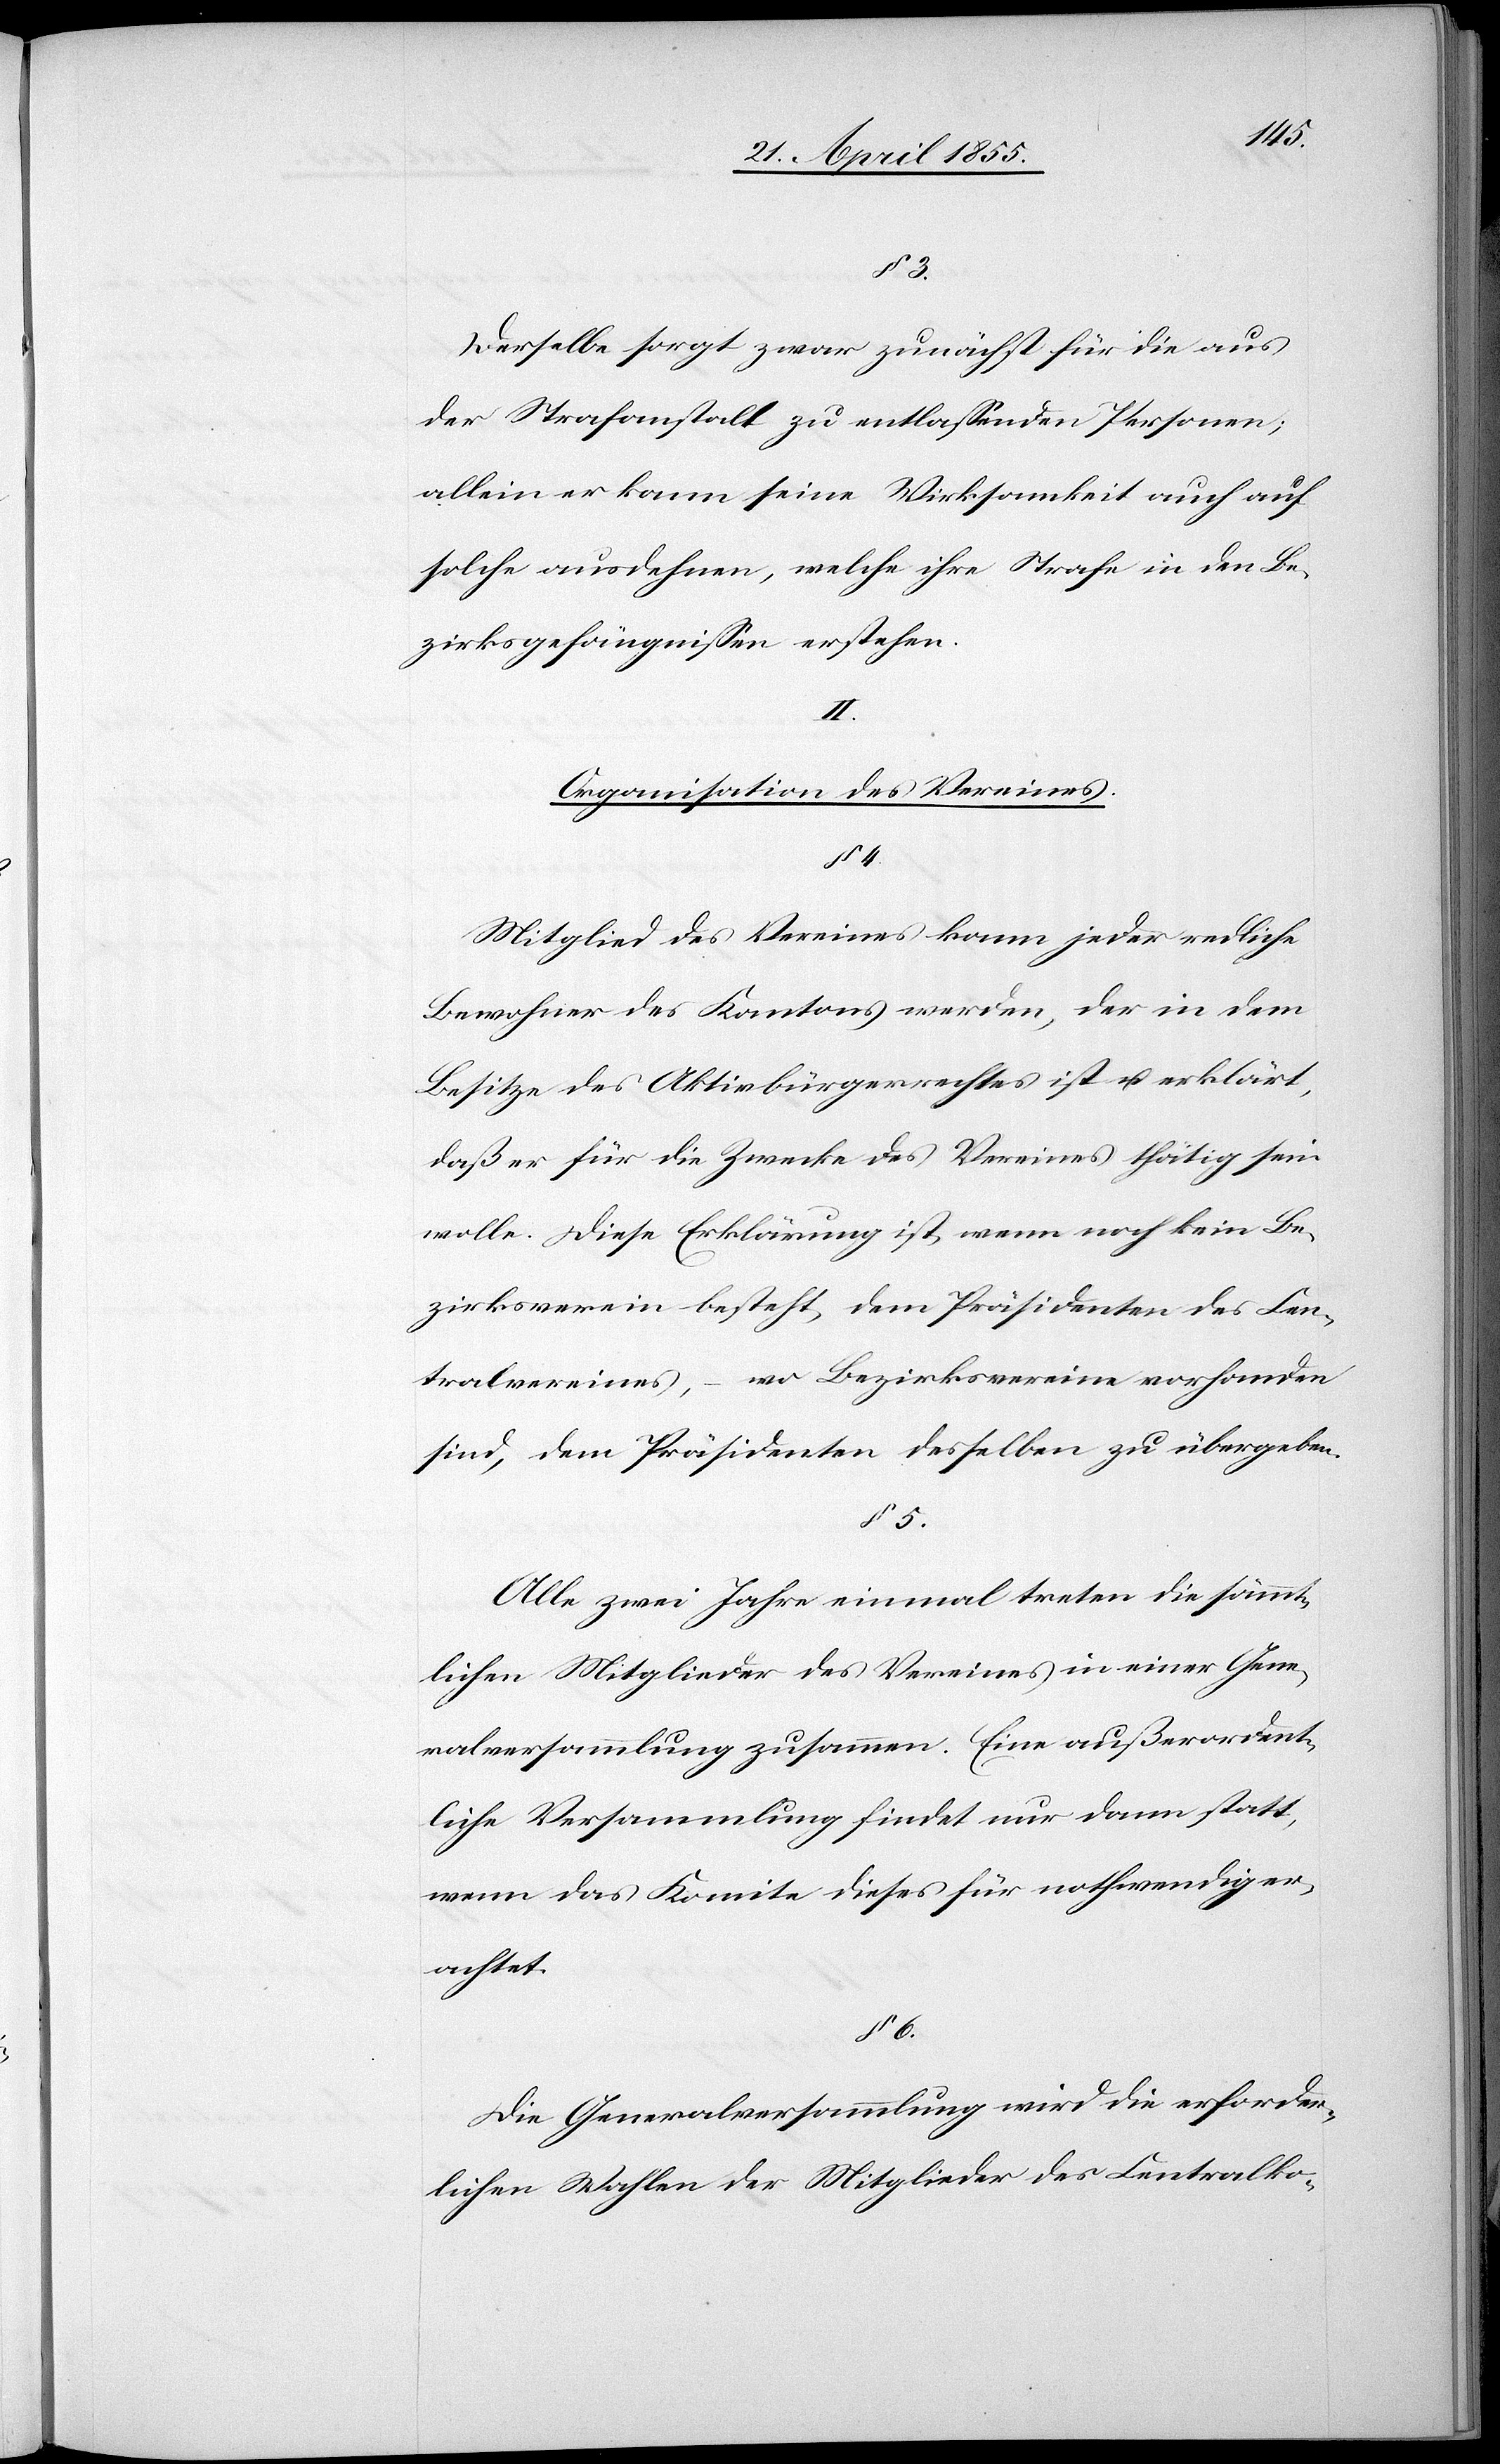
3.
Derselbe sorgt zwar zunächst für die aus
der Strafanstalt zu entlassenden Personen;
allein er kann seine Wirksamkeit auch auf
solche ausdehnen, welche ihre Strafe in den Be¬
zirksgefängnissen erstehen.
II.
Organisation des Vereines.
§ 4.
Mitglied des Vereines kann jeder redliche
Bewohner des Kantons werden, der in dem
Besitze des Aktivbürgerrechtes ist u. erklärt,
daß er für die Zwecke des Vereines thätig sein
wolle. Diese Erklärung ist, wenn noch kein Be¬
zirksverein besteht, dem Präsidenten des Cen¬
tralvereines, – wo Bezirksvereine vorhanden
sind, dem Präsidenten desselben zu übergeben.
§ 5.
Alle zwei Jahre einmal treten die sämmt¬
lichen Mitglieder des Vereines in einer Gene¬
ralversammlung zusammen. Eine außerordent¬
liche Versammlung findet nur dann statt,
wenn das Komite dieses für nothwendig er¬
achtet.
§ 6.
Die Generalversammlung wird die erforder¬
lichen Wahlen der Mitglieder des Centralko-